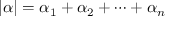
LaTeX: | \alpha | = \alpha _ { 1 } + \alpha _ { 2 } + \cdots + \alpha _ { n }